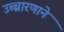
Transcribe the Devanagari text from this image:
उच्चारणाने